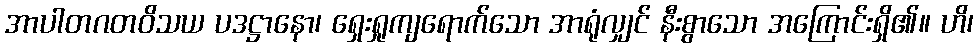
အာပါတဂတဝိသယ ပဒဋ္ဌာနော၊ ရှေးရှုကျရောက်သော အာရုံလျှင် နီးစွာသော အကြောင်းရှိ၏။ ဟိ၊